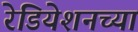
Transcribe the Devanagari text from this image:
रेडियेशनच्या